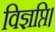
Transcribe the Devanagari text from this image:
विज्ञप्ति।